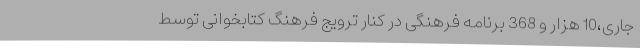
جاری،10 هزار و 368 برنامه فرهنگی در کنار ترویج فرهنگ کتابخوانی توسط